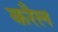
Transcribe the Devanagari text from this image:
करैल